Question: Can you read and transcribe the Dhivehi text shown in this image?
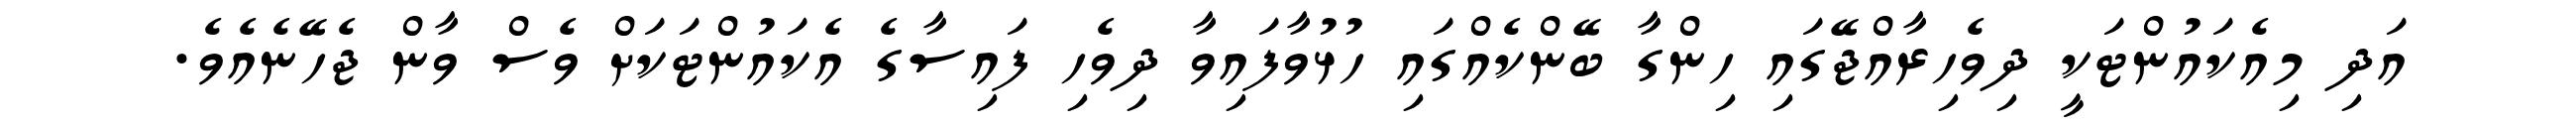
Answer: އަދި މިއެކައުންޓަކީ ދިވެހިރާއްޖޭގައި ހިންގާ ބޭންކެއްގައި ހުޅުވާފައިވާ ދިވެހި ފައިސާގެ އެކައުންޓަކަށް ވެސް ވާން ޖެހޭނެއެވެ.